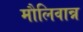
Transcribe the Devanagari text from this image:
मौलिवान्न